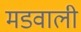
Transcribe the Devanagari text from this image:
मडवाली